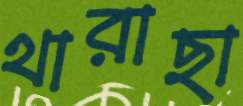
থারাছা